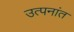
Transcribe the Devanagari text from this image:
उत्पनांत